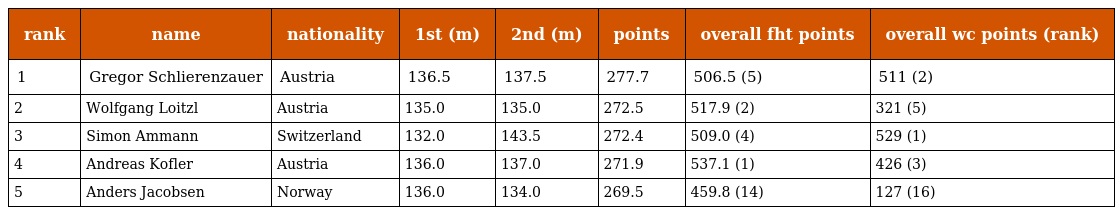
| rank | name | nationality | 1st (m) | 2nd (m) | points | overall fht points | overall wc points (rank) |
 | --- | --- | --- | --- | --- | --- | --- | --- |
 | 1 | Gregor Schlierenzauer | Austria | 136.5 | 137.5 | 277.7 | 506.5 (5) | 511 (2) |
 | 2 | Wolfgang Loitzl | Austria | 135.0 | 135.0 | 272.5 | 517.9 (2) | 321 (5) |
 | 3 | Simon Ammann | Switzerland | 132.0 | 143.5 | 272.4 | 509.0 (4) | 529 (1) |
 | 4 | Andreas Kofler | Austria | 136.0 | 137.0 | 271.9 | 537.1 (1) | 426 (3) |
 | 5 | Anders Jacobsen | Norway | 136.0 | 134.0 | 269.5 | 459.8 (14) | 127 (16) |